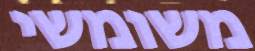
משומשי